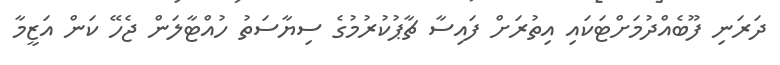
ދަރަނި ފޫބެއްދުމަށްޓަކައި އިތުރަށް ފައިސާ ޗާޕުކުރުމުގެ ސިޔާސަތު ހުއްޓާލަން ޖެހޭ ކަން އަޒީމާ